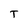
Character: T